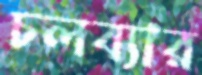
চলব্যার